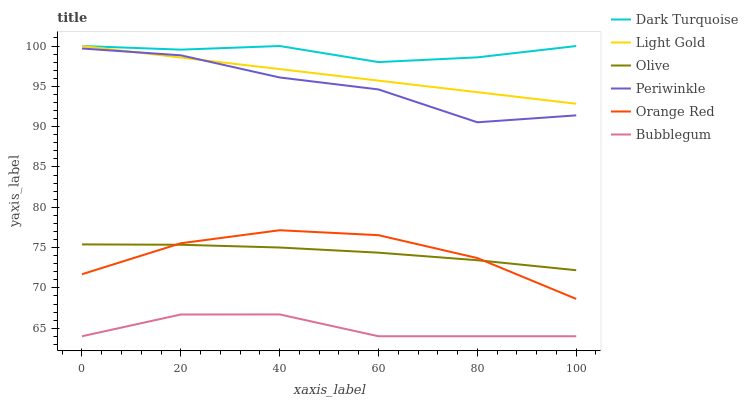
| xaxis_label | Dark Turquoise | Light Gold | Olive | Periwinkle | Orange Red | Bubblegum |
 | --- | --- | --- | --- | --- | --- | --- |
 | 0 | 100 | 100 | 75.4 | 99.7 | 71.7 | 64 |
 | 20 | 99.6 | 98.6 | 75.3 | 98.8 | 75.5 | 66.7 |
 | 40 | 100 | 97.1 | 75 | 96.1 | 77.1 | 66.7 |
 | 60 | 98 | 95.7 | 74.4 | 94.6 | 76.5 | 64 |
 | 80 | 98.6 | 94.3 | 73.4 | 90.5 | 73.7 | 64 |
 | 100 | 100 | 92.8 | 72.2 | 91.4 | 68.6 | 64 |